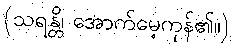
(သရန္တိ၊ အောက်မေ့ကုန်၏။)